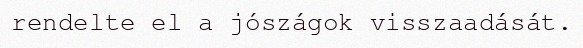
rendelte el a jószágok visszaadását.